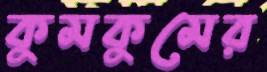
কুমকুমের